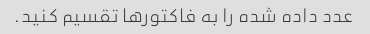
عدد داده شده را به فاکتورها تقسیم کنید.